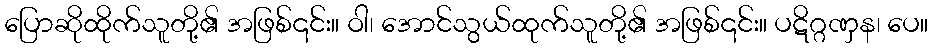
ပြောဆိုထိုက်သူတို့၏ အဖြစ်၎င်း။ ဝါ၊ အောင်သွယ်ထုက်သူတို့၏ အဖြစ်၎င်း။ ပဋိဂ္ဂဏှန၊ ပေ။